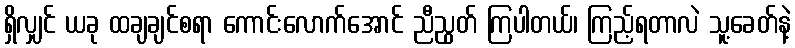
ရှိလျှင် ယခု ထချချင်စရာ ကောင်းလောက်အောင် ညီညွတ် ကြပါတယ်၊ ကြည့်ရတာလဲ သူ့ခေတ်နဲ့